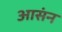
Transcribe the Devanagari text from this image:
आसंन